Problem: 4 × 9 = ?
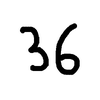
Handwritten answer: 36